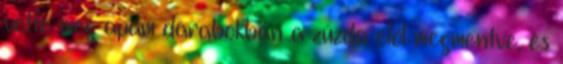
vette meg apám darabokban a zúzda elől megmentve, és